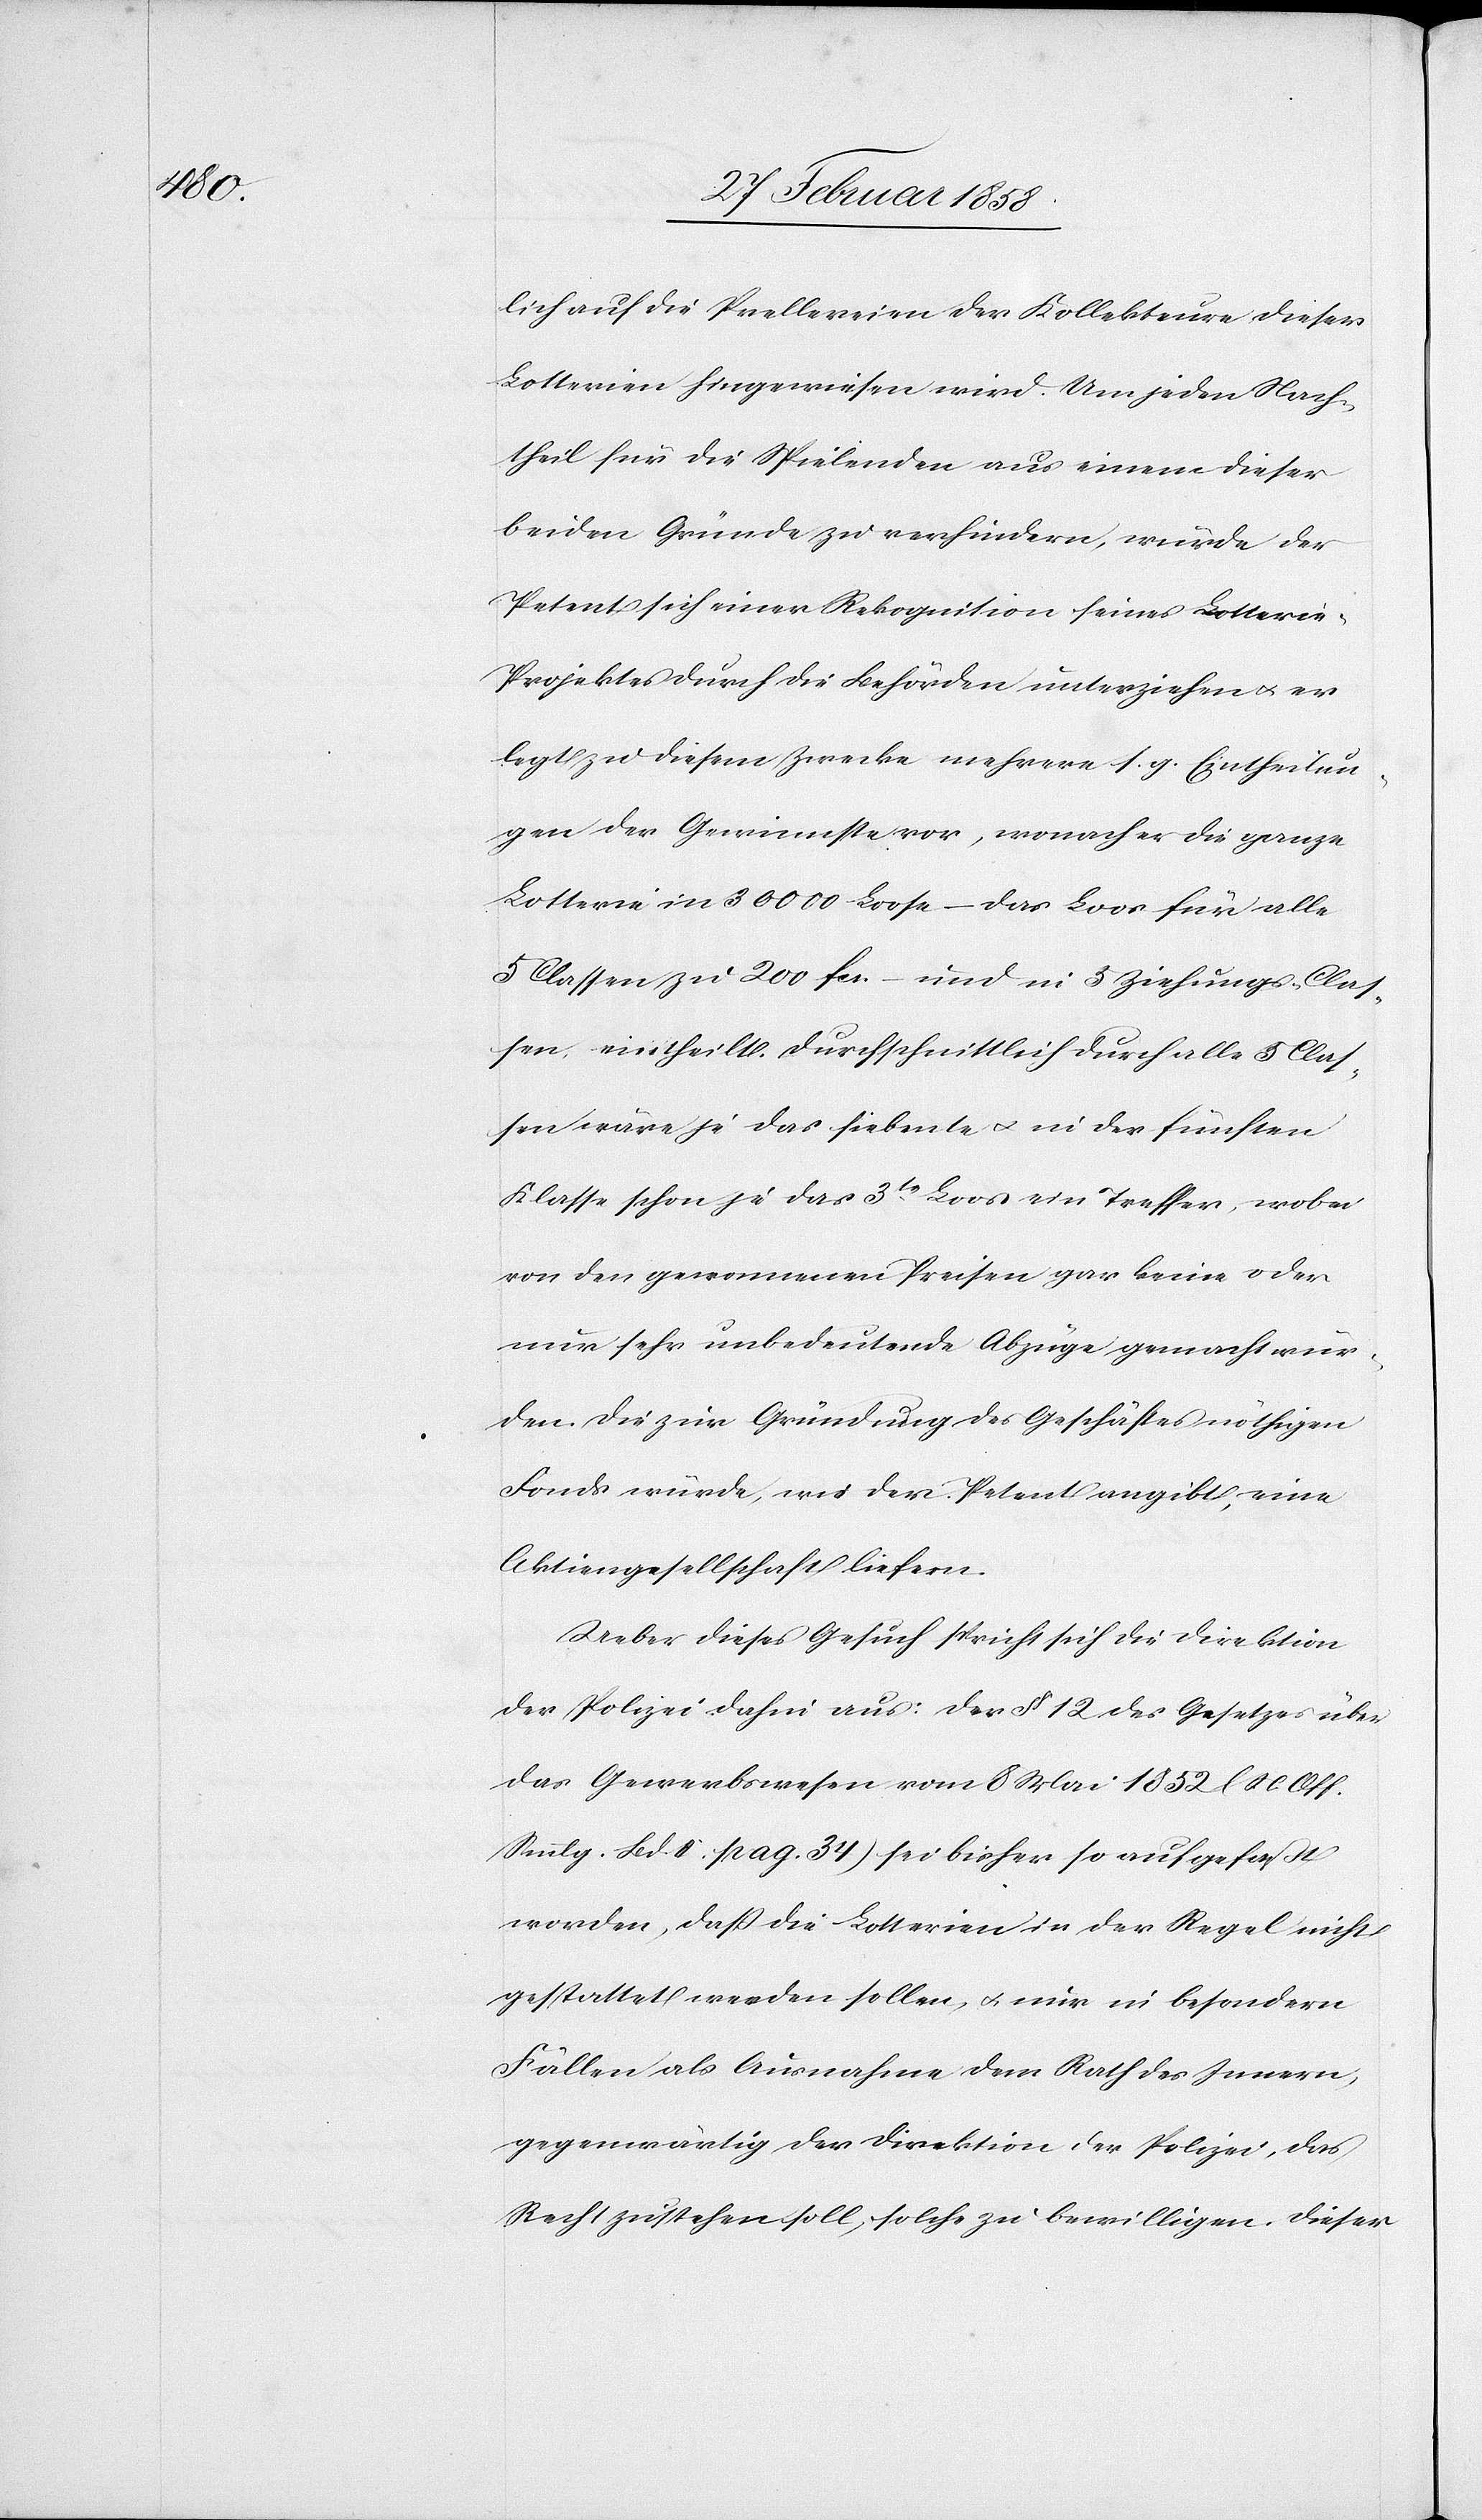
[sic!] auf die Prellereien der Kollekteure dieser
Lotterien hingewiesen wird. Um jeden Nach¬
theil für die Spielenden aus einem dieser
beiden Gründe zu verhindern, würde der
Petent sich einer Rekognition seines Lotterie-P¬
rojektes durch die Behörden unterziehen u. er
legt zu diesem Zwecke mehrere s. g. Eintheilun¬
gen der Gewinnste vor, wonach er die ganze
Lotterie in 30 000 Loose – das Loos für alle
5 Classen zu 200 fcs. – und in 5 Ziehungs-Clas¬
sen eintheilt. Durchschnittlich durch alle 5 Clas¬
sen wäre je das siebente u. in der fünften
Klasse schon je das 3te Loos ein Treffer, wobei
von den genannten Preisen gar keine oder
nur sehr unbedeutende Abzüge gemacht wür¬
den. Die zur Gründung des Geschäftes nöthigen
Fonds würde, wie der Petent angibt, eine
Aktiengesellschaft liefern.
Ueber dieses Gesuch spricht sich die Direktion
der Polizei dahin aus: Der § 12 des Gesetzes über
das Gewerbswesen vom 8 Mai 1852 (N. Off.
Smmlg. Bd. II. pag. 34) sei bisher so aufgefaßt
worden, daß die Lotterien in der Regel nicht
gestattet werden sollen, u. nur in besondern
Fällen als Ausnahme dem Rath des Innern,
gegenwärtig der Direktion der Polizei, das
Recht zustehen soll, solche zu bewilligen. Dieser